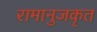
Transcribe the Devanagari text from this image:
रामानुजकृत